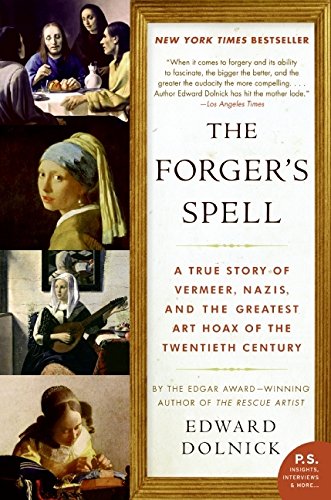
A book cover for The Forger's Spell: A True Story of Vermeer, Nazis, and the Greatest Art Hoax of the Twentieth Century (P.S.); Edward Dolnick; Biographies & Memoirs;